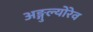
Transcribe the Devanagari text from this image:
अङ्गुल्योरेव